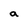
Character: a